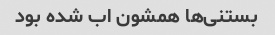
بستنی‌ها همشون اب شده بود